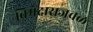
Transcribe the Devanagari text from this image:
विमेदाराजवळ